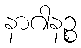
နာဂါနဉ္စ